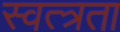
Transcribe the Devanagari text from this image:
स्वत्त्रता